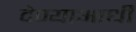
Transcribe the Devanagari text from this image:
देण्याआधी